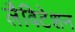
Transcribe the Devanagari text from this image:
लैविटेशन